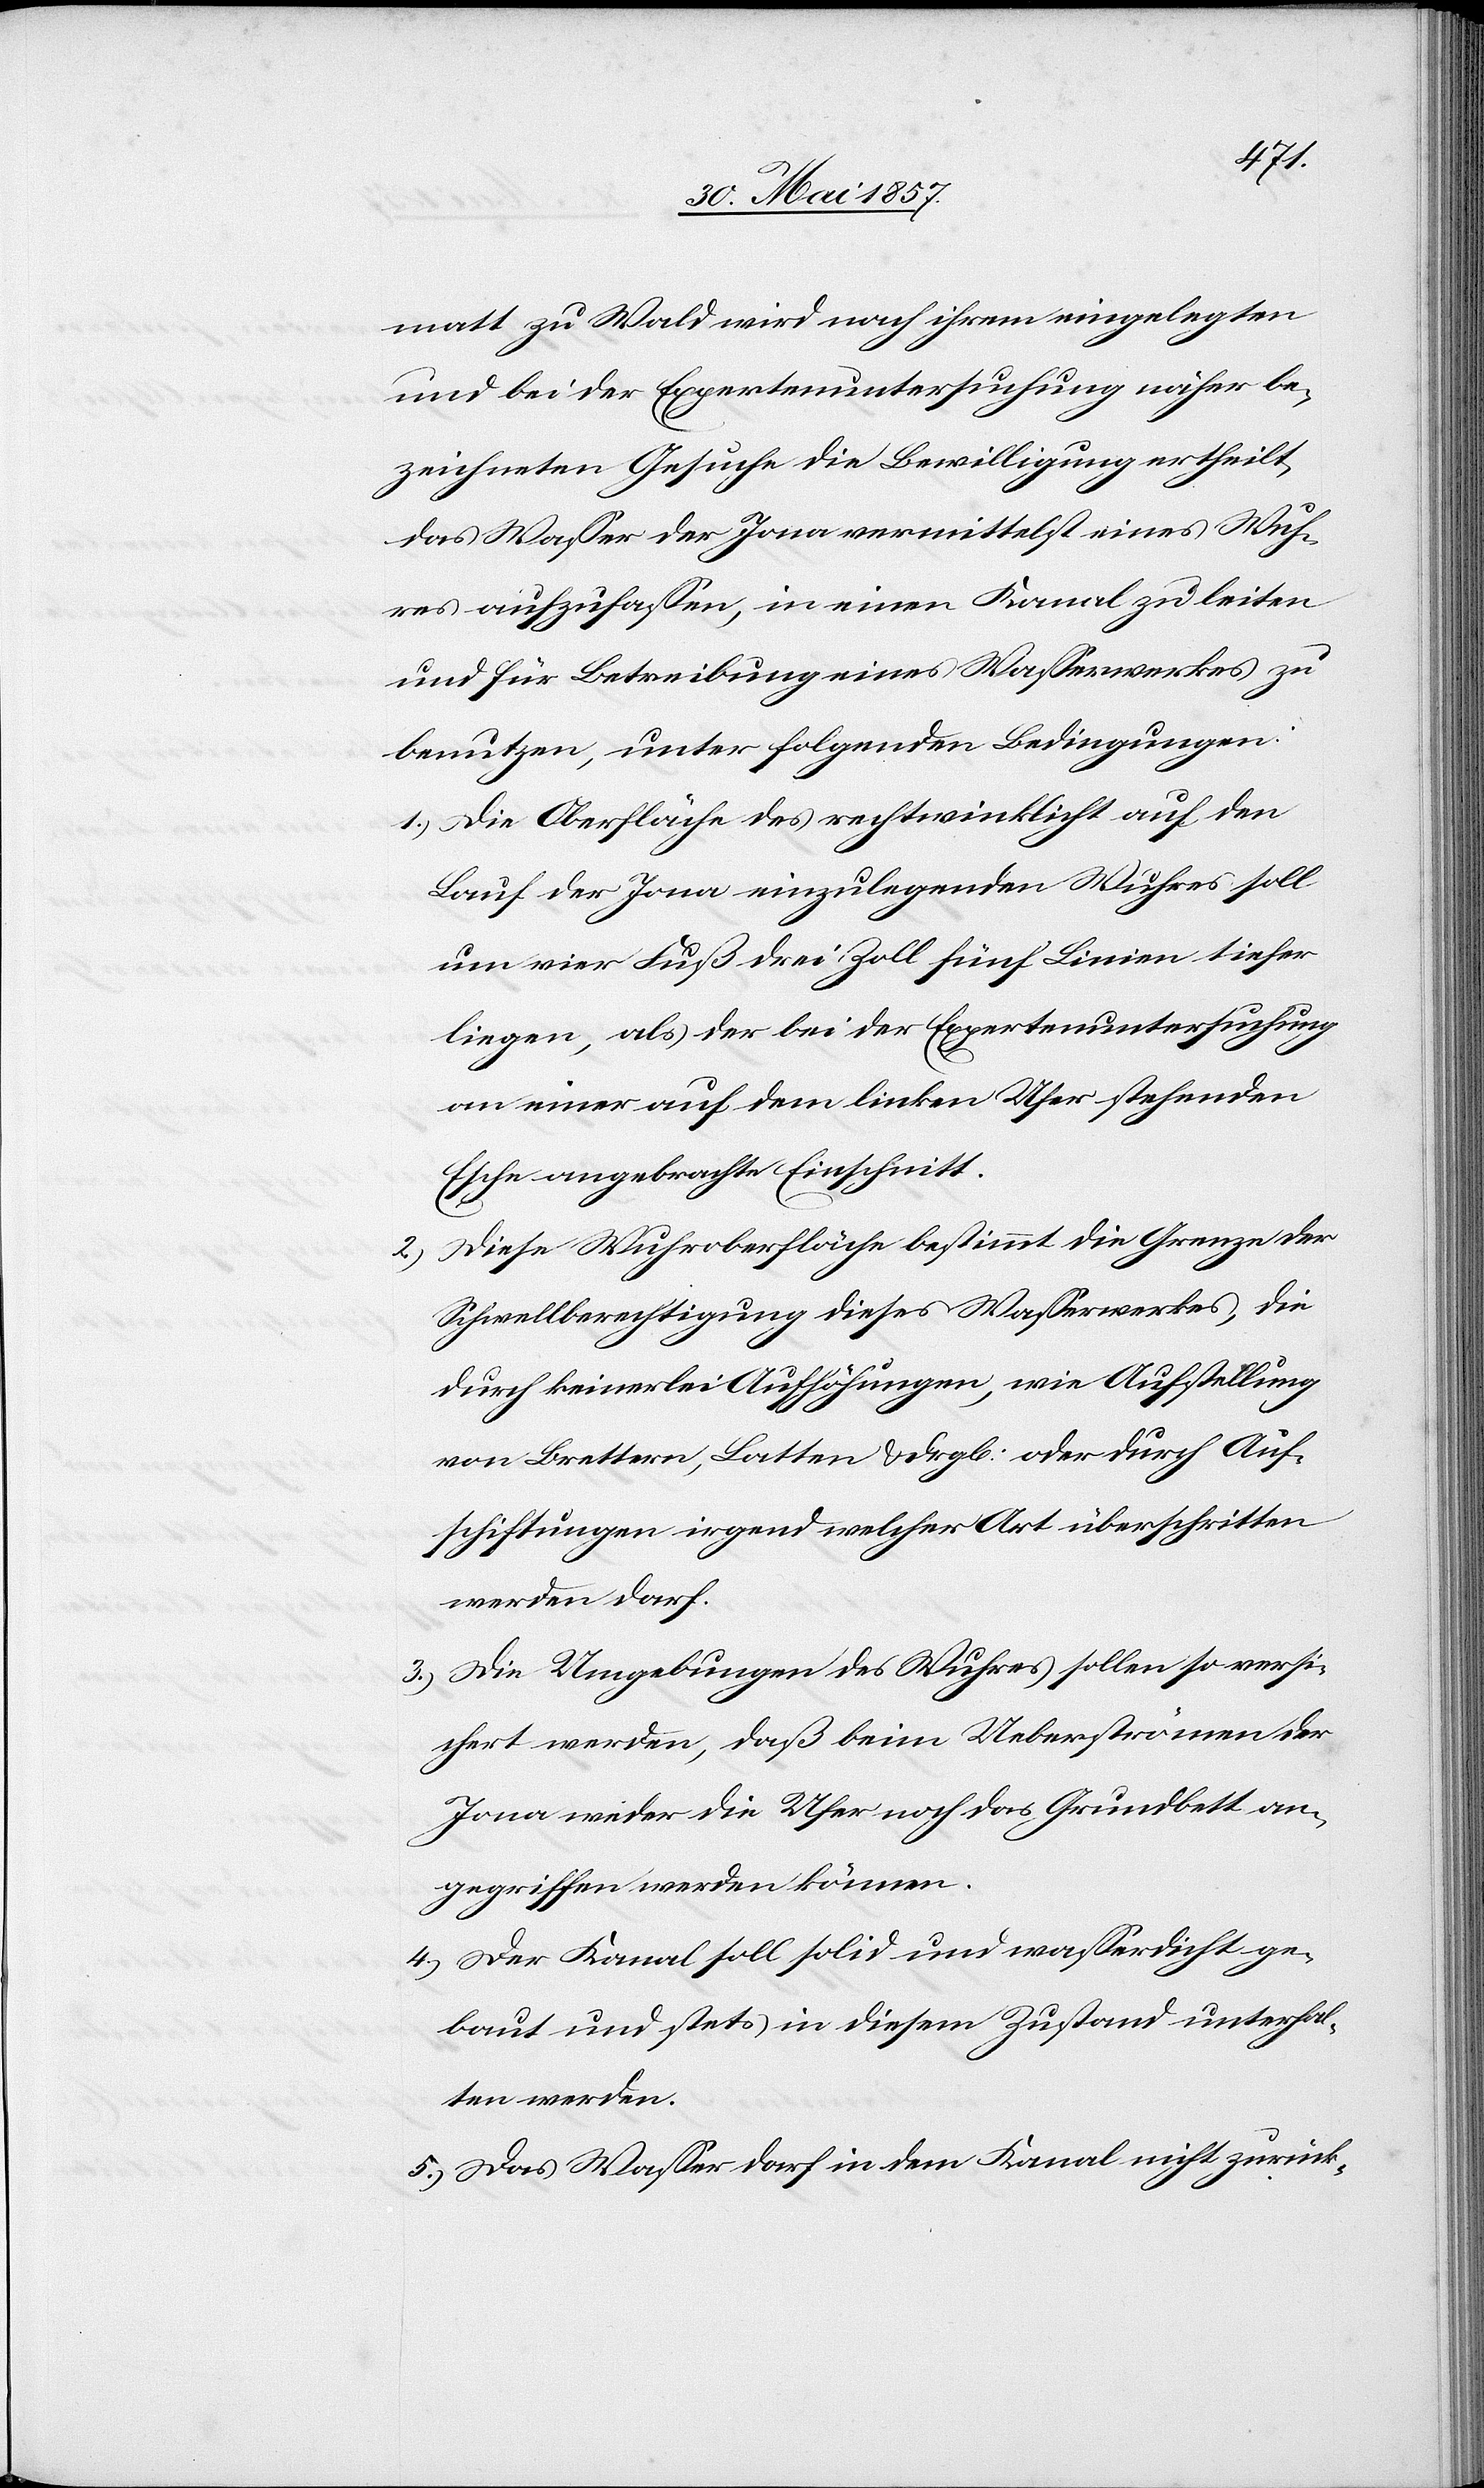
ihrem
und bei der Expertenuntersuchung näher be¬
zeichneten Gesuche die Bewilligung ertheilt,
das Wasser der Jona vermittelst eines Wuh¬
res aufzufassen, in einen Kanal zu leiten
und für Betreibung eines Wasserwerkes zu
benutzen, unter folgenden Bedingungen:
1.) Die Oberfläche des rechtwinklicht auf den
Lauf der Jona einzulegenden Wuhres soll
um vier Fuß drei Zoll fünf Linien tiefer
liegen, als der bei der Expertenuntersuchung
an einer auf dem linken Ufer stehenden
Esche angebrachte Einschnitt.
Diese Wuhroberfläche bestimmt die Grenze der
Schwellberechtigung dieses Wasserwerkes, die
durch keinerlei Aufhöhungen, wie Aufstellung
von Brettern, Latten & drgl., oder durch Auf¬
schichtungen irgend welcher Art überschritten
werden darf.
3.) Die Umgebungen des Wuhres, sollen so versi¬
chert werden, daß beim Ueberströmen der
Jona weder die Ufer noch das Grundbett an¬
gegriffen werden können.
4.) Der Kanal soll solid und wasserdicht ge¬
baut und stets in diesem Zustand unterhal¬
ten werden.
5.) Das Wasser darf in dem Kanal nicht zurück-